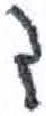
אות: ד